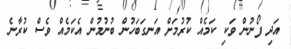
އަދި ފޯނުން ވަކި ކަމެއް ކުރުމަށް އަނގަބަހުން ބުނުމުން އެކަމެއް ވެސް ކުރާނެ